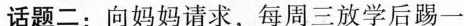
话题二：向妈妈请求，每周三放学后踢一